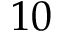
1 0